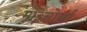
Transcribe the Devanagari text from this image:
माइनोर्का